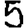
Digit: 5